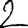
Digit: 2